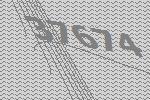
37674